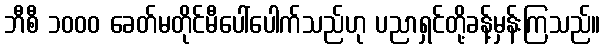
ဘီစီ ၁၀၀၀ ခေတ်မတိုင်မီပေါ်ပေါက်သည်ဟု ပညာရှင်တို့ခန့်မှန်းကြသည်။